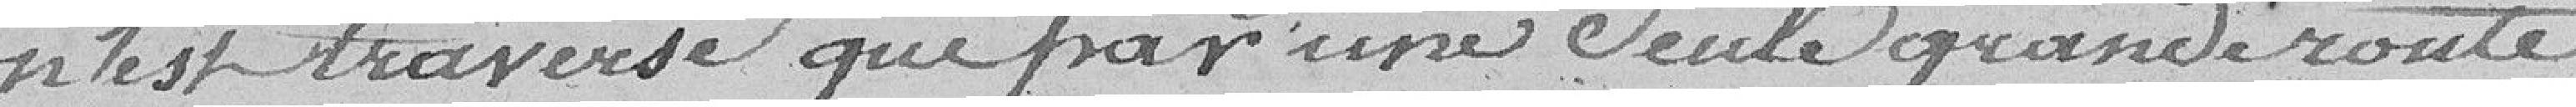
n'est traversé que par une seule grande route